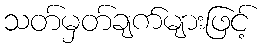
သတ်မှတ်ချက်များဖြင့်